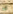
قد